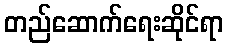
တည်ဆောက်ရေးဆိုင်ရာ